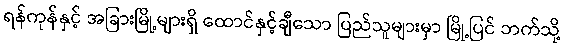
ရန်ကုန်နှင့် အခြားမြို့များရှိ ထောင်နှင့်ချီသော ပြည်သူများမှာ မြို့ပြင် ဘက်သို့